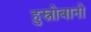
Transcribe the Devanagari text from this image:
हुस्नोबानो